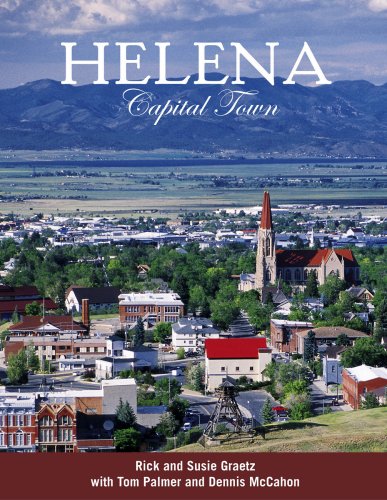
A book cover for Helena: Capital Town; Rick Graetz; Travel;